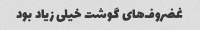
غضروف‌های گوشت خیلی زیاد بود